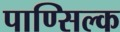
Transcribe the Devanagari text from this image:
पाण्सिल्क